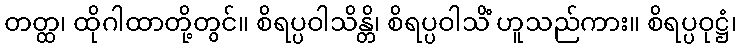
တတ္ထ၊ ထိုဂါထာတို့တွင်။ စိရပ္ပဝါသိန္တိ၊ စိရပ္ပဝါသိံ ဟူသည်ကား။ စိရပ္ပဝုဋ္ဌံ၊